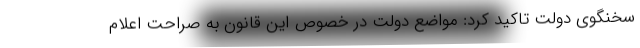
سخنگوی دولت تاکید کرد: مواضع دولت در خصوص این قانون به صراحت اعلام